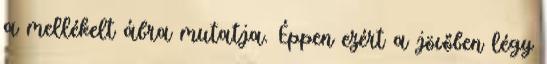
a mellékelt ábra mutatja. Éppen ezért a jövőben légy